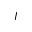
I